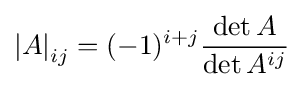
\left|A\right|_{ij}=(-1)^{i+j}{\frac {\det A}{\det A^{ij}}}